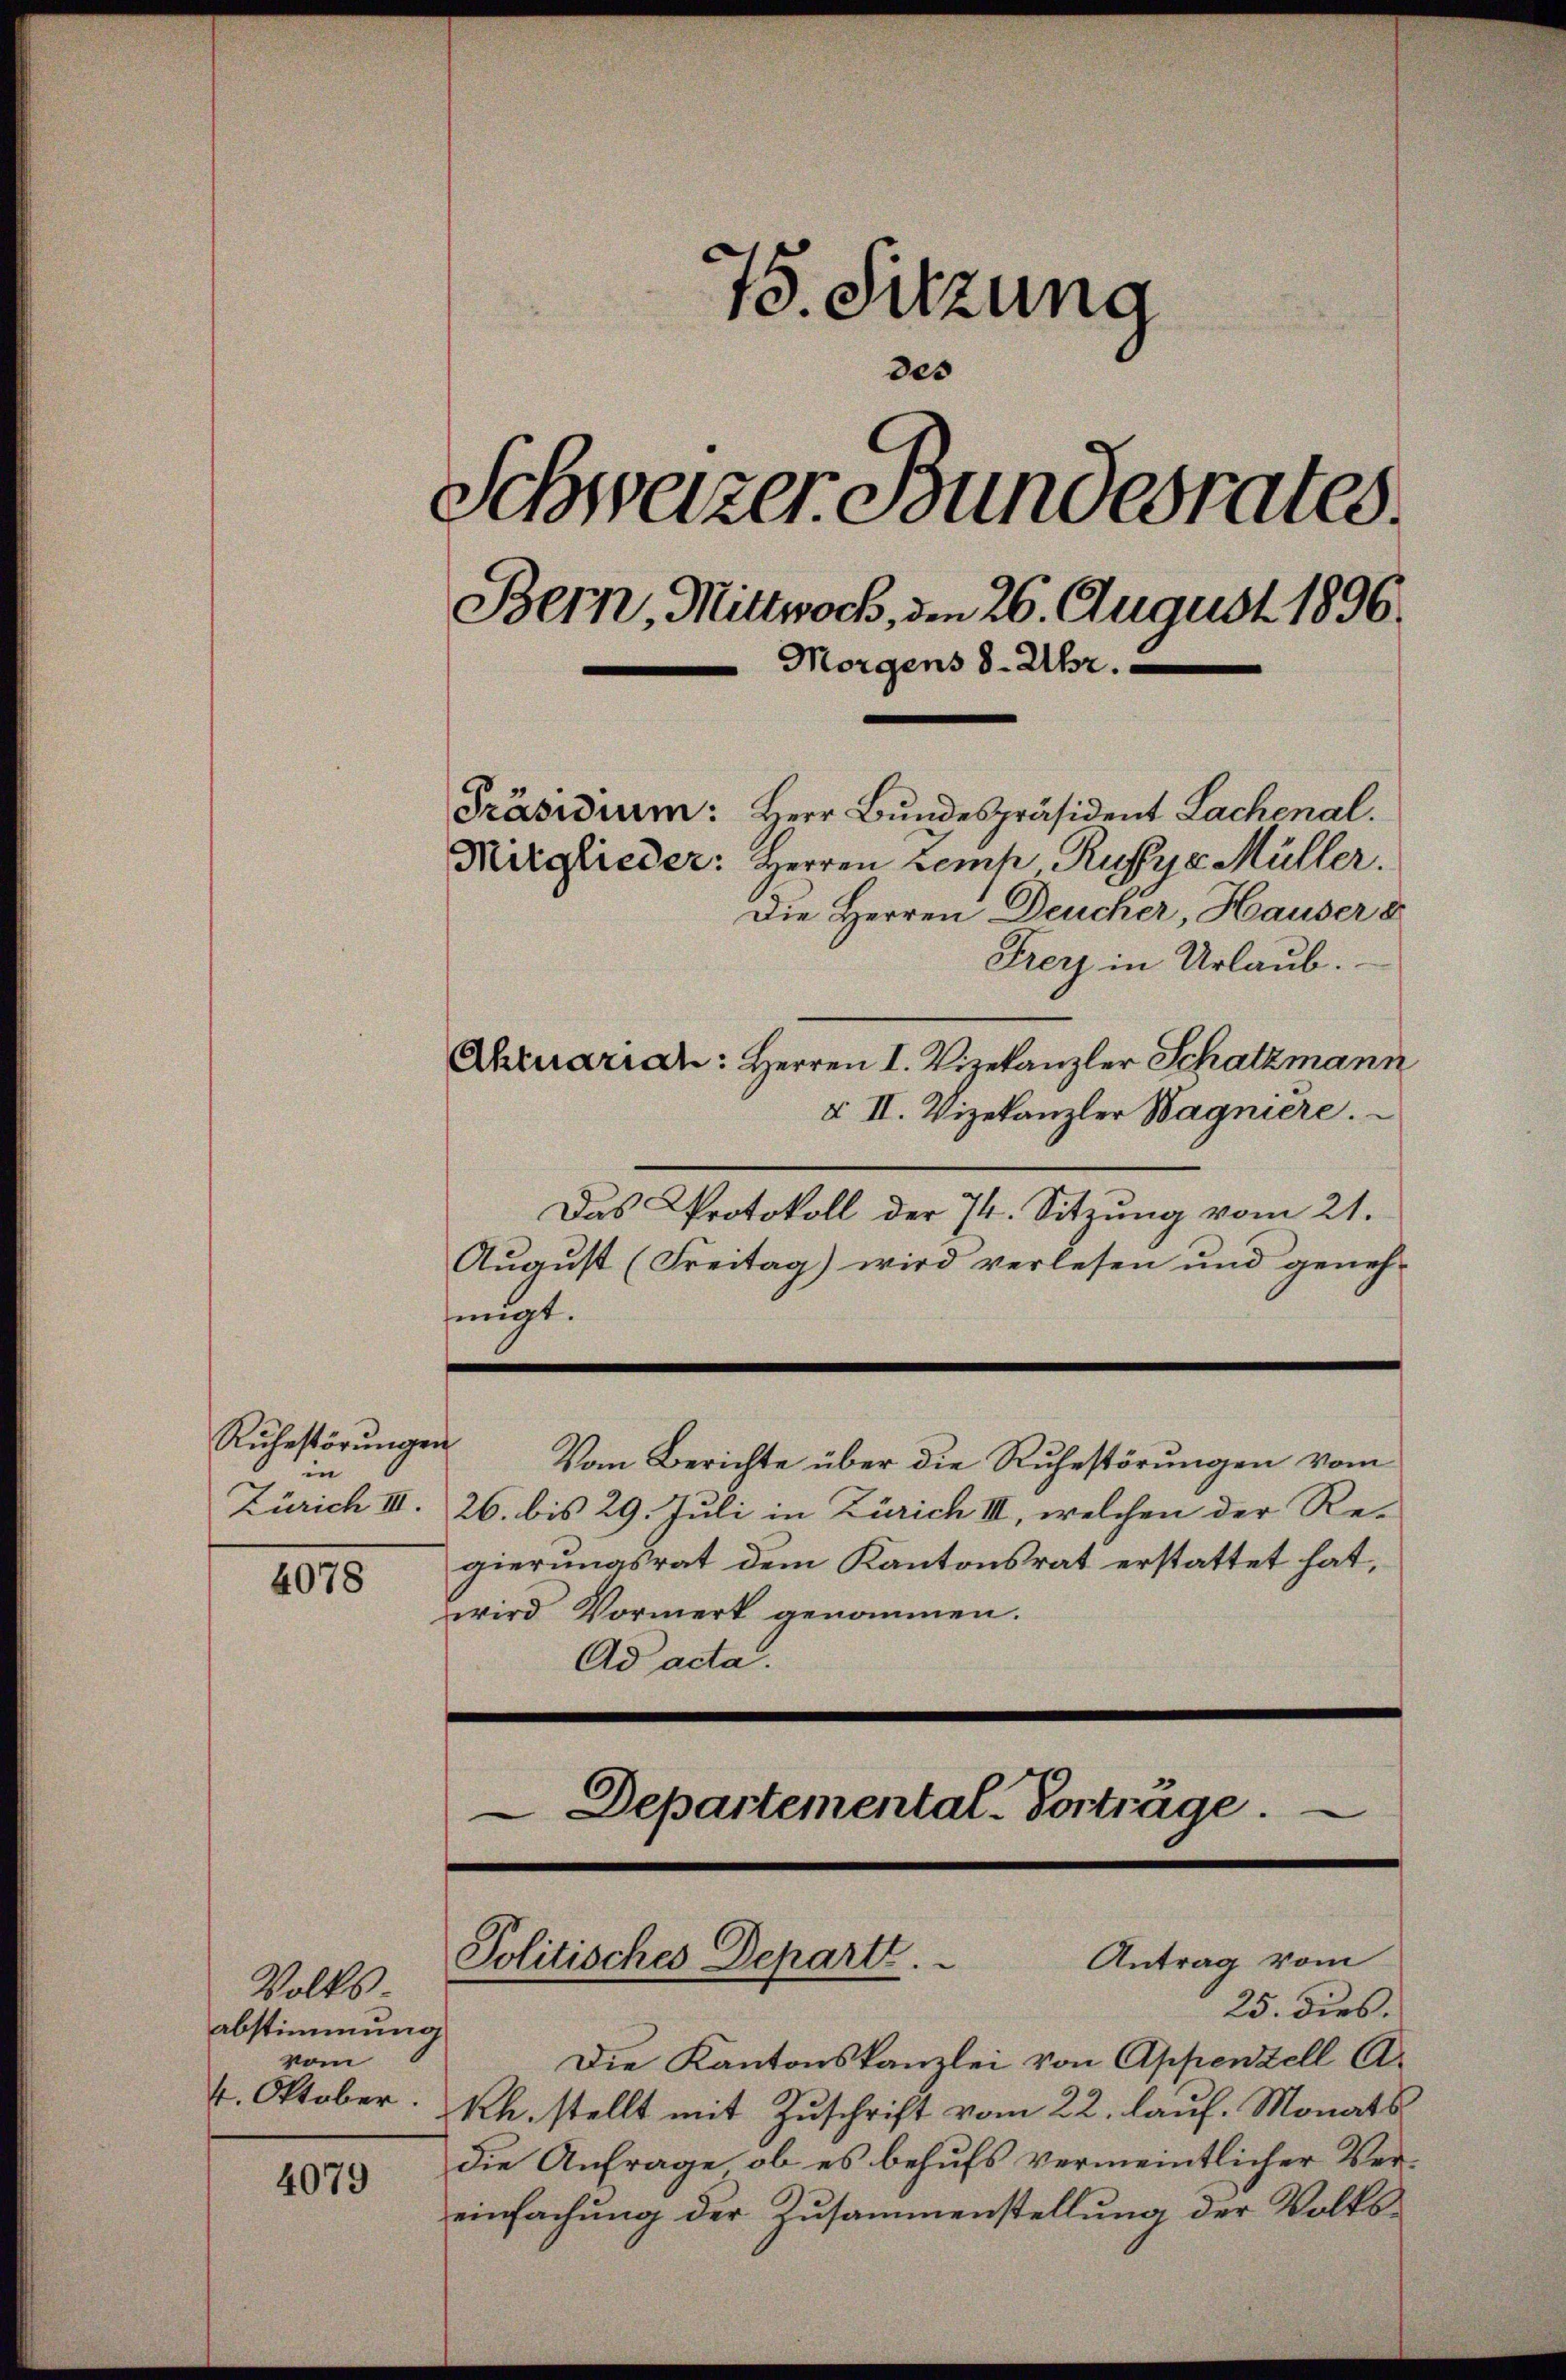
in

75. Sitzung
des
Schweizer Bundesrates.
Bern, Mittwoch, den 26. August 1896.
Morgens 8 Uhr.
Präsidium: Herr Bundespräsident Lachenal.
Mitglieder: Herren Zemp Ruffya Müller.
Die Herren Deucher, Hauser d

4078

Volks-
abstimmung
vom
4. Oktober.

4079

Frey in Urlaub.
Ahruarian: Herren I. Vizekanzler Schatzmann
§ II. Vizekanzler Wagniere.
Das Protokoll der 74. Sitzung vom 21.
August (Freitag) wird verlesen und geneh-
fiigt.
Rŭhestörŭngen
Vom Berichte über die Ruhestörungen vom
Zürich III. 26. bis 29. Juli in Zürich III, welchen der Re-
gierungsrat dem Kantonsrat erstattet hat,
wird Vormerk genommen.
Ad acta.
Departemental-Vorträge.

Antrag vom
Politisches Depart.
25. dies.

Die Kantonskanzlei von Appenzell A.
Rh. stellt mit Zuschrift vom 22. lauf. Monats
die Anfrage, ob es behufs vermeintlicher Vereinfachung der Zusammenstellung der Volks¬